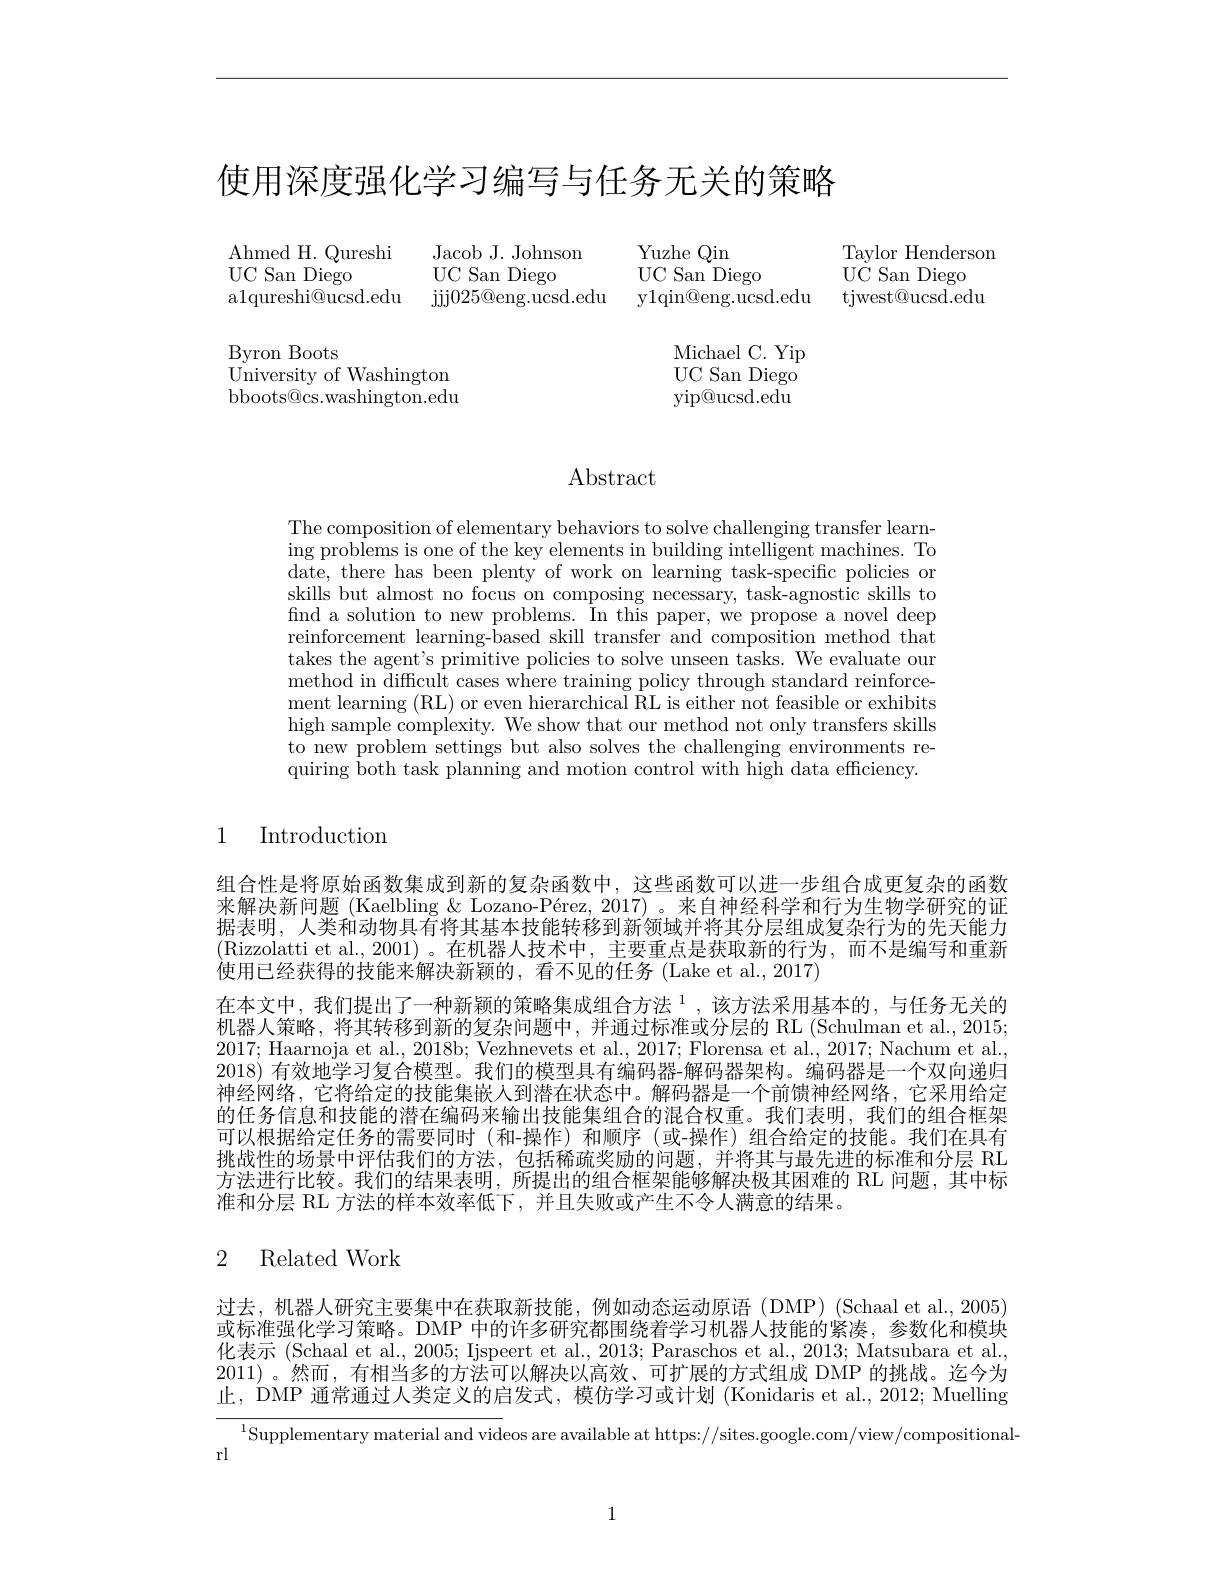
# 使用深度强化学习编写与任务无关的策略

${\mathrm{Ahmed~H.~Qureshi}}$
UC San Diego
a1qureshi@ucsd.edu jjj025@eng.ucsd.edu y1qin@eng.ucsd.edu

Yuzhe Qin
Jacob J. Johnson
Taylor Henderson
UC San Diego
UC San Diego
UC San Diego tjwest@ucsd.edu

Byron Boots
$\mathop{\mathrm{University~of~Washington}}$ bboots@cs.washington.edu

Michael C. Yip $\mathrm{UC}_{-}$San Diego $\operatorname{yip@ucsd.edu}$

# Abstract

The composition of elementary behaviors to solve challenging transfer learning problems is one of the key elements in building intelligent machines. To date, there has been plenty of work on learning task-specific policies or skills but almost no focus on composing necessary, task-agnostic skills to find a solution to new problems. In this paper, we propose a novel deep reinforcement learning-based skill transfer and composition method that takes the agent's primitive policies to solve unseen tasks. We evaluate our method in difficult cases where training policy through standard reinforcement learning (RL) or even hierarchical RL is either not feasible or exhibits high sample complexity. We show that our method not only transfers skills to new problem settings but also solves the challenging environments requiring both task planning and motion control with high data efficiency.

# 1 Introduction

组合性是将原始函数集成到新的复杂函数中，这些函数可以进一步组合成更复杂的函数来解决新问题 (Kaelbling & Lozano-Pérez, 2017) 。来自神经科学和行为生物学研究的证据表明，人类和动物具有将其基本技能转移到新领域并将其分层组成复杂行为的先天能力(Rizzolatti et al.,2001)。在机器人技术中，主要重点是获取新的行为，而不是编写和重新使用已经获得的技能来解决新颖的，看不见的任务(Lake et al., 2017)
在本文中，我们提出了一种新颖的策略集成组合方法 $^1$,该方法采用基本的，与任务无关的机器人策略，将其转移到新的复杂问题中，并通过标准或分层的 RL (Schulman et al.,2015; 2017; Haarnoja et al., 2018b; Vezhnevets et al., 2017; Florensa et al., 2017; Nachum et al., 2018) 有效地学习复合模型。我们的模型具有编码器-解码器架构。编码器是一个双向递归神经网络，它将给定的技能集嵌人到潜在状态中。解码器是一个前馈神经网络，它采用给定的任务信息和技能的潜在编码来输出技能集组合的混合权重。我们表明，我们的组合框架可以根据给定任务的需要同时(和-操作)和顺序(或-操作)组合给定的技能。我们在具有挑战性的场景中评估我们的方法，包括稀疏奖励的问题，并将其与最先进的标准和分层 RL 方法进行比较。我们的结果表明，所提出的组合框架能够解决极其困难的 RL 问题，其中标准和分层 RL 方法的样本效率低下，并且失败或产生不令人满意的结果。

## 2 Related Work

过去，机器人研究主要集中在获取新技能，例如动态运动原语(DMP)(Schaalet al.,2005) 或标准强化学习策略。DMP 中的许多研究都围绕着学习机器人技能的紧凑，参数化和模块化表示 (Schaal et al., 2005; Ijspeert et al., 2013; Paraschos et al., 2013; Matsubara et al., 2011)。然而，有相当多的方法可以解决以高效、可扩展的方式组成 DMP 的挑战。迄今为止，DMP 通常通过人类定义的启发式，模仿学习或计划 (Konidaris et al., 2012; Muelling

$^{1}$Supplementary material and videos are available at https://sites.google.com/view/compositional-

rl

1